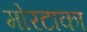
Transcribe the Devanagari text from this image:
मोरटाका